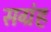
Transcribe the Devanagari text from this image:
सग्रंह